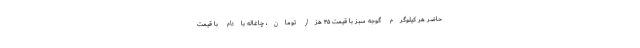
حاضر هر کیلوگرم گوجه سبز با قیمت ۴۵ هزار تومان، چاغاله بادام با قیمت